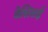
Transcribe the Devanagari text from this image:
वेसिसई